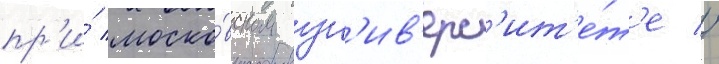
пр'и́ моско́вском ун'ив'ерс'ит'е́т'е //